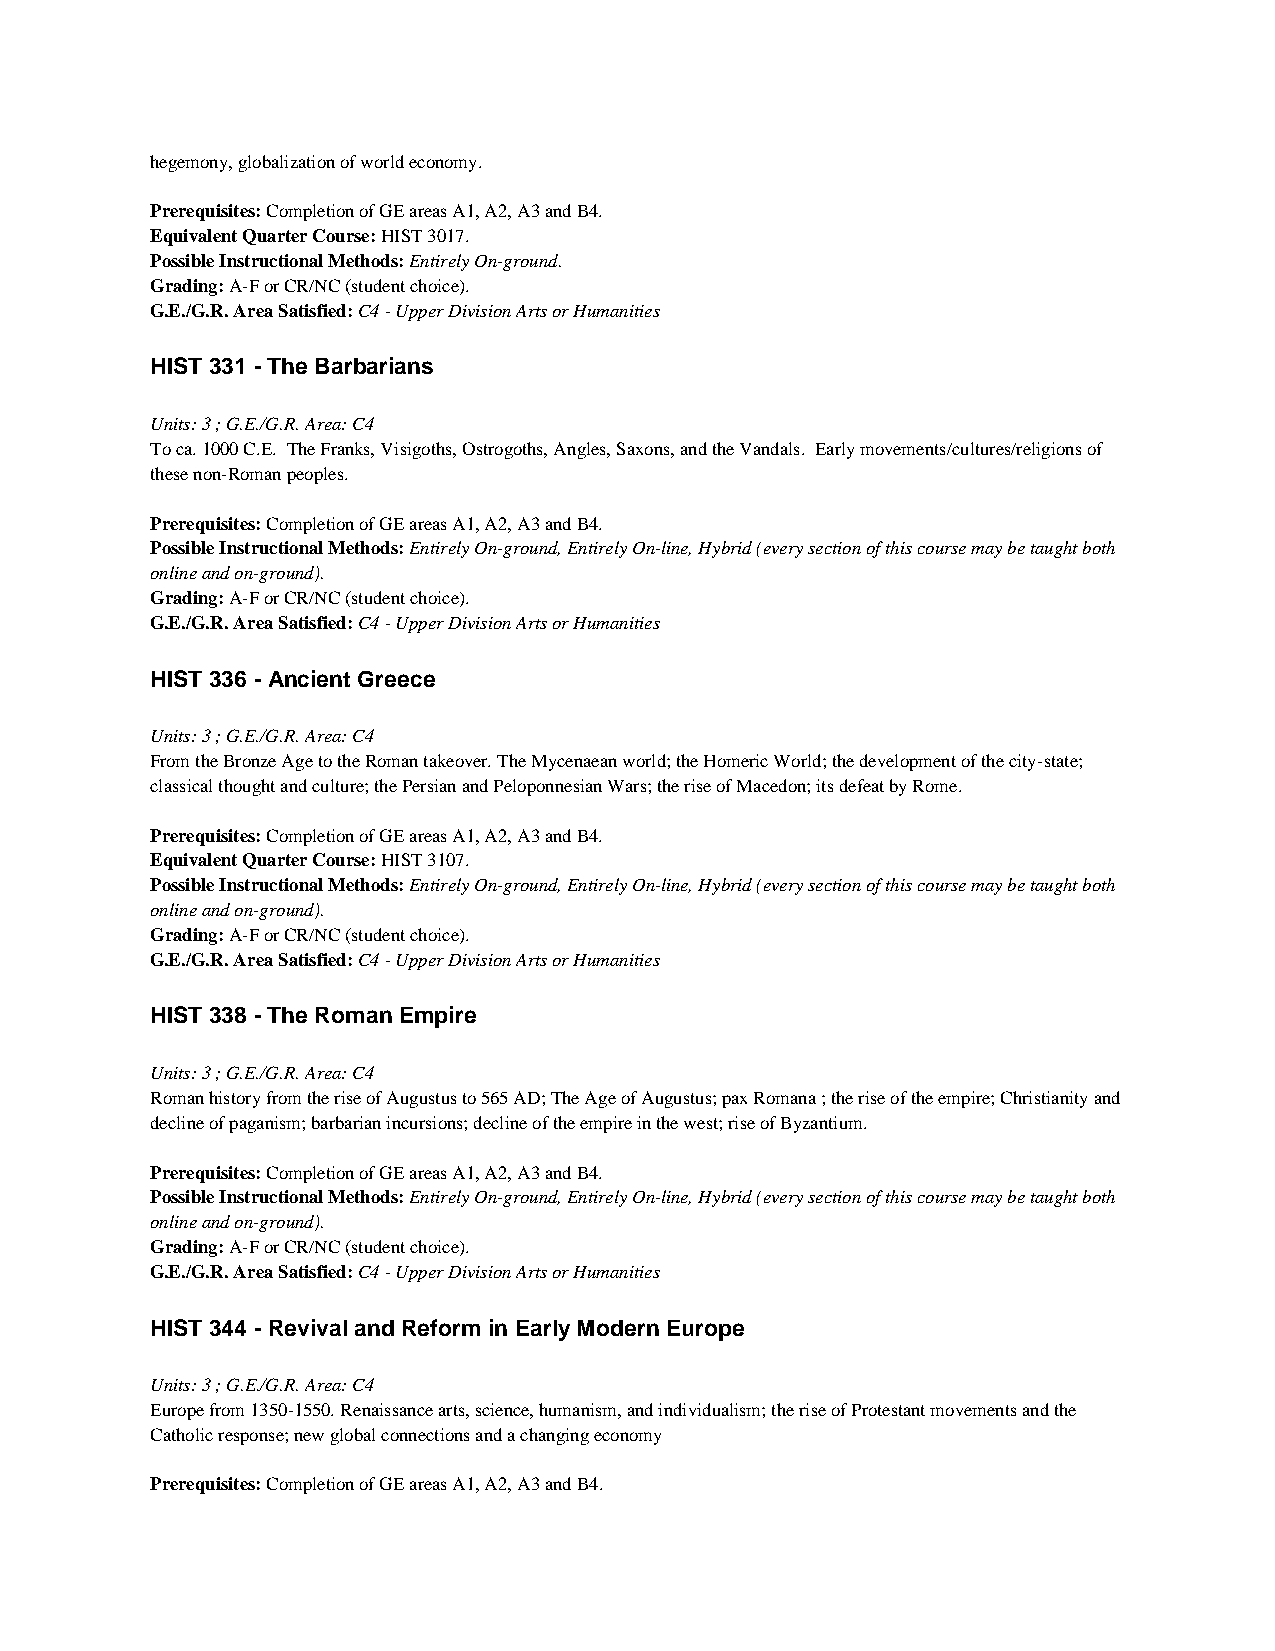
hegemony, globalization of world economy.
 Prerequisites: Completion of GE areas A1, A2, A3 and B4.
 Equivalent Quarter Course: HIST 3017.
 Possible Instructional Methods: Entirely On-ground.
 Grading: A-F or CR/NC (student choice).
 G.E./G.R. Area Satisfied: C4 - Upper Division Arts or Humanities
 HIST 331 - The Barbarians
 Units: 3 ; G.E./G.R. Area: C4
 To ca. 1000 C.E. The Franks, Visigoths, Ostrogoths, Angles, Saxons, and the Vandals. Early movements/cultures/religions of
 these non-Roman peoples.
 Prerequisites: Completion of GE areas A1, A2, A3 and B4.
 Possible Instructional Methods: Entirely On-ground, Entirely On-line, Hybrid (every section of this course may be taught both
 online and on-ground).
 Grading: A-F or CR/NC (student choice).
 G.E./G.R. Area Satisfied: C4 - Upper Division Arts or Humanities
 HIST 336 - Ancient Greece
 Units: 3 ; G.E./G.R. Area: C4
 From the Bronze Age to the Roman takeover. The Mycenaean world; the Homeric World; the development of the city-state;
 classical thought and culture; the Persian and Peloponnesian Wars; the rise of Macedon; its defeat by Rome.
 Prerequisites: Completion of GE areas A1, A2, A3 and B4.
 Equivalent Quarter Course: HIST 3107.
 Possible Instructional Methods: Entirely On-ground, Entirely On-line, Hybrid (every section of this course may be taught both
 online and on-ground).
 Grading: A-F or CR/NC (student choice).
 G.E./G.R. Area Satisfied: C4 - Upper Division Arts or Humanities
 HIST 338 - The Roman Empire
 Units: 3 ; G.E./G.R. Area: C4
 Roman history from the rise of Augustus to 565 AD; The Age of Augustus; pax Romana ; the rise of the empire; Christianity and
 decline of paganism; barbarian incursions; decline of the empire in the west; rise of Byzantium.
 Prerequisites: Completion of GE areas A1, A2, A3 and B4.
 Possible Instructional Methods: Entirely On-ground, Entirely On-line, Hybrid (every section of this course may be taught both
 online and on-ground).
 Grading: A-F or CR/NC (student choice).
 G.E./G.R. Area Satisfied: C4 - Upper Division Arts or Humanities
 HIST 344 - Revival and Reform in Early Modern Europe
 Units: 3 ; G.E./G.R. Area: C4
 Europe from 1350-1550. Renaissance arts, science, humanism, and individualism; the rise of Protestant movements and the
 Catholic response; new global connections and a changing economy
 Prerequisites: Completion of GE areas A1, A2, A3 and B4.